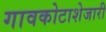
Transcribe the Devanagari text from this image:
गावकोटाशेजारी